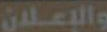
والإعلان